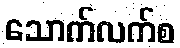
သောက်လက်စ